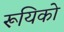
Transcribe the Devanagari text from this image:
रूयिको